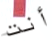
أنت